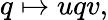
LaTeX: q\mapsto uqv,